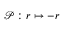
\mathcal { P } : \boldsymbol { r } \mapsto - \boldsymbol { r }